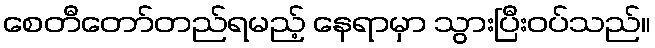
စေတီတော်တည်ရမည့် နေရာမှာ သွားပြီးဝပ်သည်။